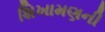
શિખામણની